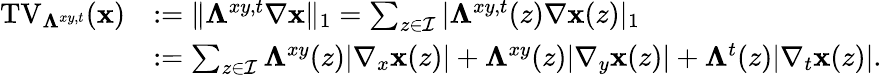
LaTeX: \begin{array}{rl}{\mathrm{TV}_{\boldsymbol{\Lambda}^{xy,t}}(\mathbf{x})}&{:=\| \boldsymbol{\Lambda}^{xy,t}\nabla\mathbf{x}\| _{1}=\sum_{z\in\mathcal{I}}|\boldsymbol{\Lambda}^{xy,t}(z)\nabla\mathbf{x}(z)|_{1}}\\ &{:=\sum_{z\in\mathcal{I}}\boldsymbol{\Lambda}^{xy}(z)|\nabla_{x}\mathbf{x}(z)|+\boldsymbol{\Lambda}^{xy}(z)|\nabla_{y}\mathbf{x}(z)|+\boldsymbol{\Lambda}^{t}(z)|\nabla_{t}\mathbf{x}(z)|.}\end{array}